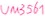
Text: um3651